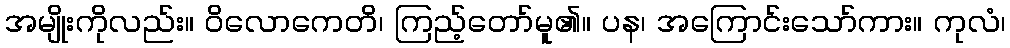
အမျိုးကိုလည်း။ ဝိလောကေတိ၊ ကြည့်တော်မူ၏။ ပန၊ အကြောင်းသော်ကား။ ကုလံ၊